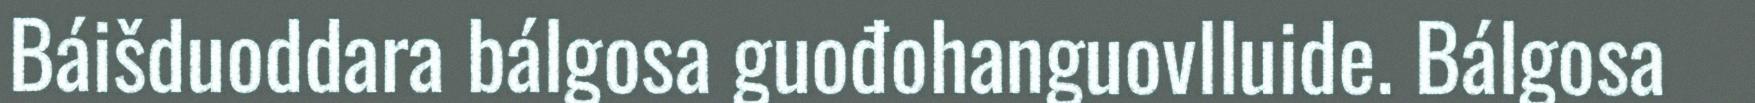
Báišduoddara bálgosa guođohanguovlluide. Bálgosa